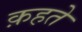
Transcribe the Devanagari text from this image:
क़हते